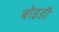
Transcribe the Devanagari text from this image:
बोइडी